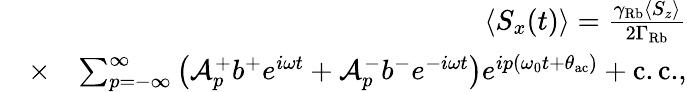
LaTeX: \begin{array}{rlr}&{}&{\langle S_{x}(t)\rangle=\frac{\gamma_{\mathrm{Rb}}\langle S_{z}\rangle}{2\Gamma_{\mathrm{Rb}}}}\\ &{\times}&{\sum_{p=-\infty}^{\infty}\left(\mathcal{A}_{p}^{+}b^{+}e^{i\omega t}+\mathcal{A}_{p}^{-}b^{-}e^{-i\omega t}\right)e^{ip(\omega_{0}t+\theta_{\mathrm{ac}})}+\mathrm{c.c.},}\end{array}